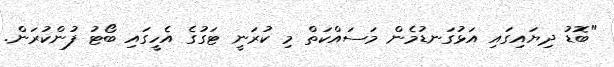
"ބޮޑު ދިޔައިގައި އަޅުގަނޑުމެން މަސައްކަތް މި ކުރަނީ ޓަގުގެ އެހީގައި ބޯޓު ފުންކުރަން.